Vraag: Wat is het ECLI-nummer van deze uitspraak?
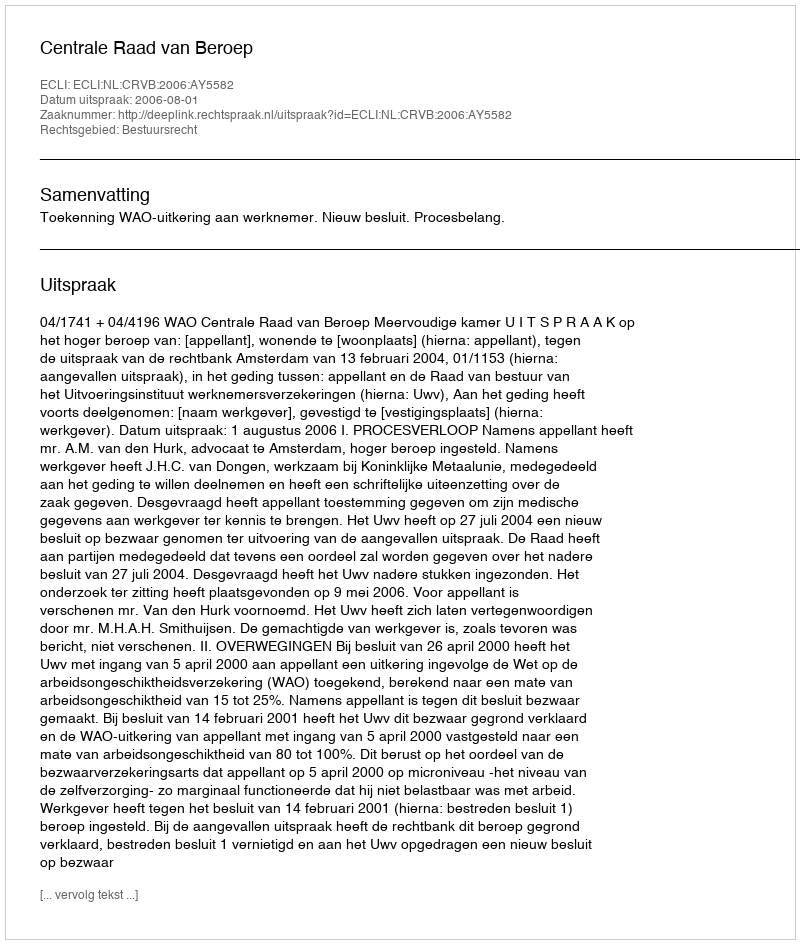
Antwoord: ECLI:NL:CRVB:2006:AY5582